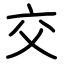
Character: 交